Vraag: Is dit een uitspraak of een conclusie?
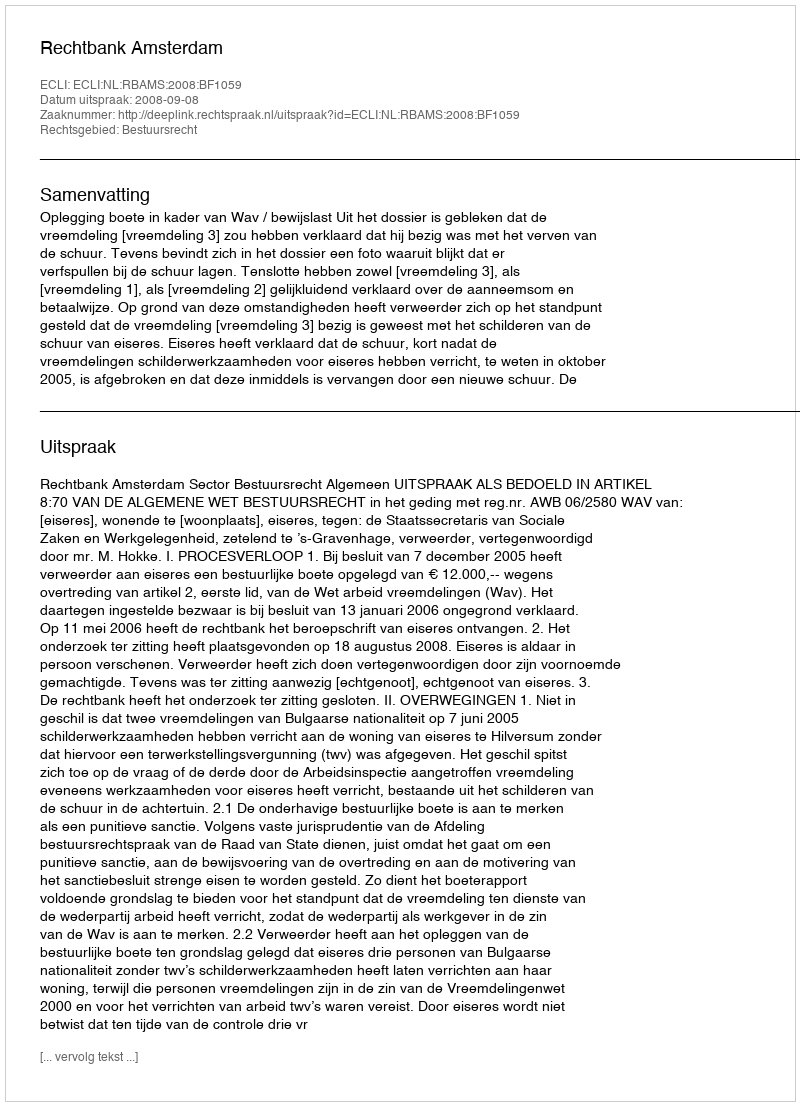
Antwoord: Uitspraak